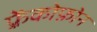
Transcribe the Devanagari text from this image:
फ़्रेंकोफ़ोन